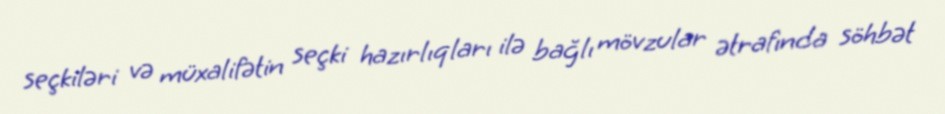
seçkiləri və müxalifətin seçki hazırlıqları ilə bağlı mövzular ətrafında söhbət